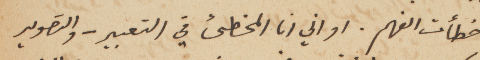
اخطأت الفهم. او اني انا المخطىء في التعبير – والتصوير